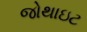
જોથાઇટ